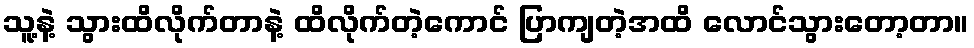
သူ့နဲ့ သွားထိလိုက်တာနဲ့ ထိလိုက်တဲ့ကောင် ပြာကျတဲ့အထိ လောင်သွားတော့တာ။